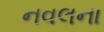
નવલના